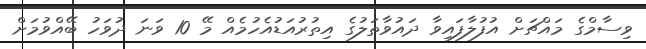
ވިސާމްގެ މައްޗަށް އުފުލާފައިވާ ދައުވާތަލުގެ އިތުރުއަޑުއެހުމެއް މޭ 10 ވަނަ ދުވަހު ބޭއްވުމަށް